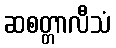
ဆစတ္တာလီသံ